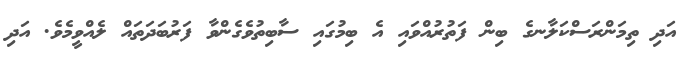
އަދި ތިމަންރަސްކަލާނގެ ބިން ފަތުރުއްވައި އެ ބިމުގައި ސާބިތުވެގެންވާ ފަރުބަދަތައް ލެއްވީމެވެ. އަދި